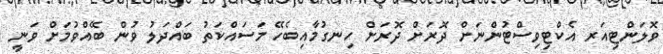
ވޮލަންޓިއަރ އެކްޓިވިސްޓުންނަށް ދޮރަށް ދޮރަށް ހިނގުމާއިބެހޭ މަސައްކަތު ބައްދަލު ވުން ބޭއްވުމަށް ވަނީ